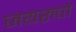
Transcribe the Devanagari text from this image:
जयरुपो